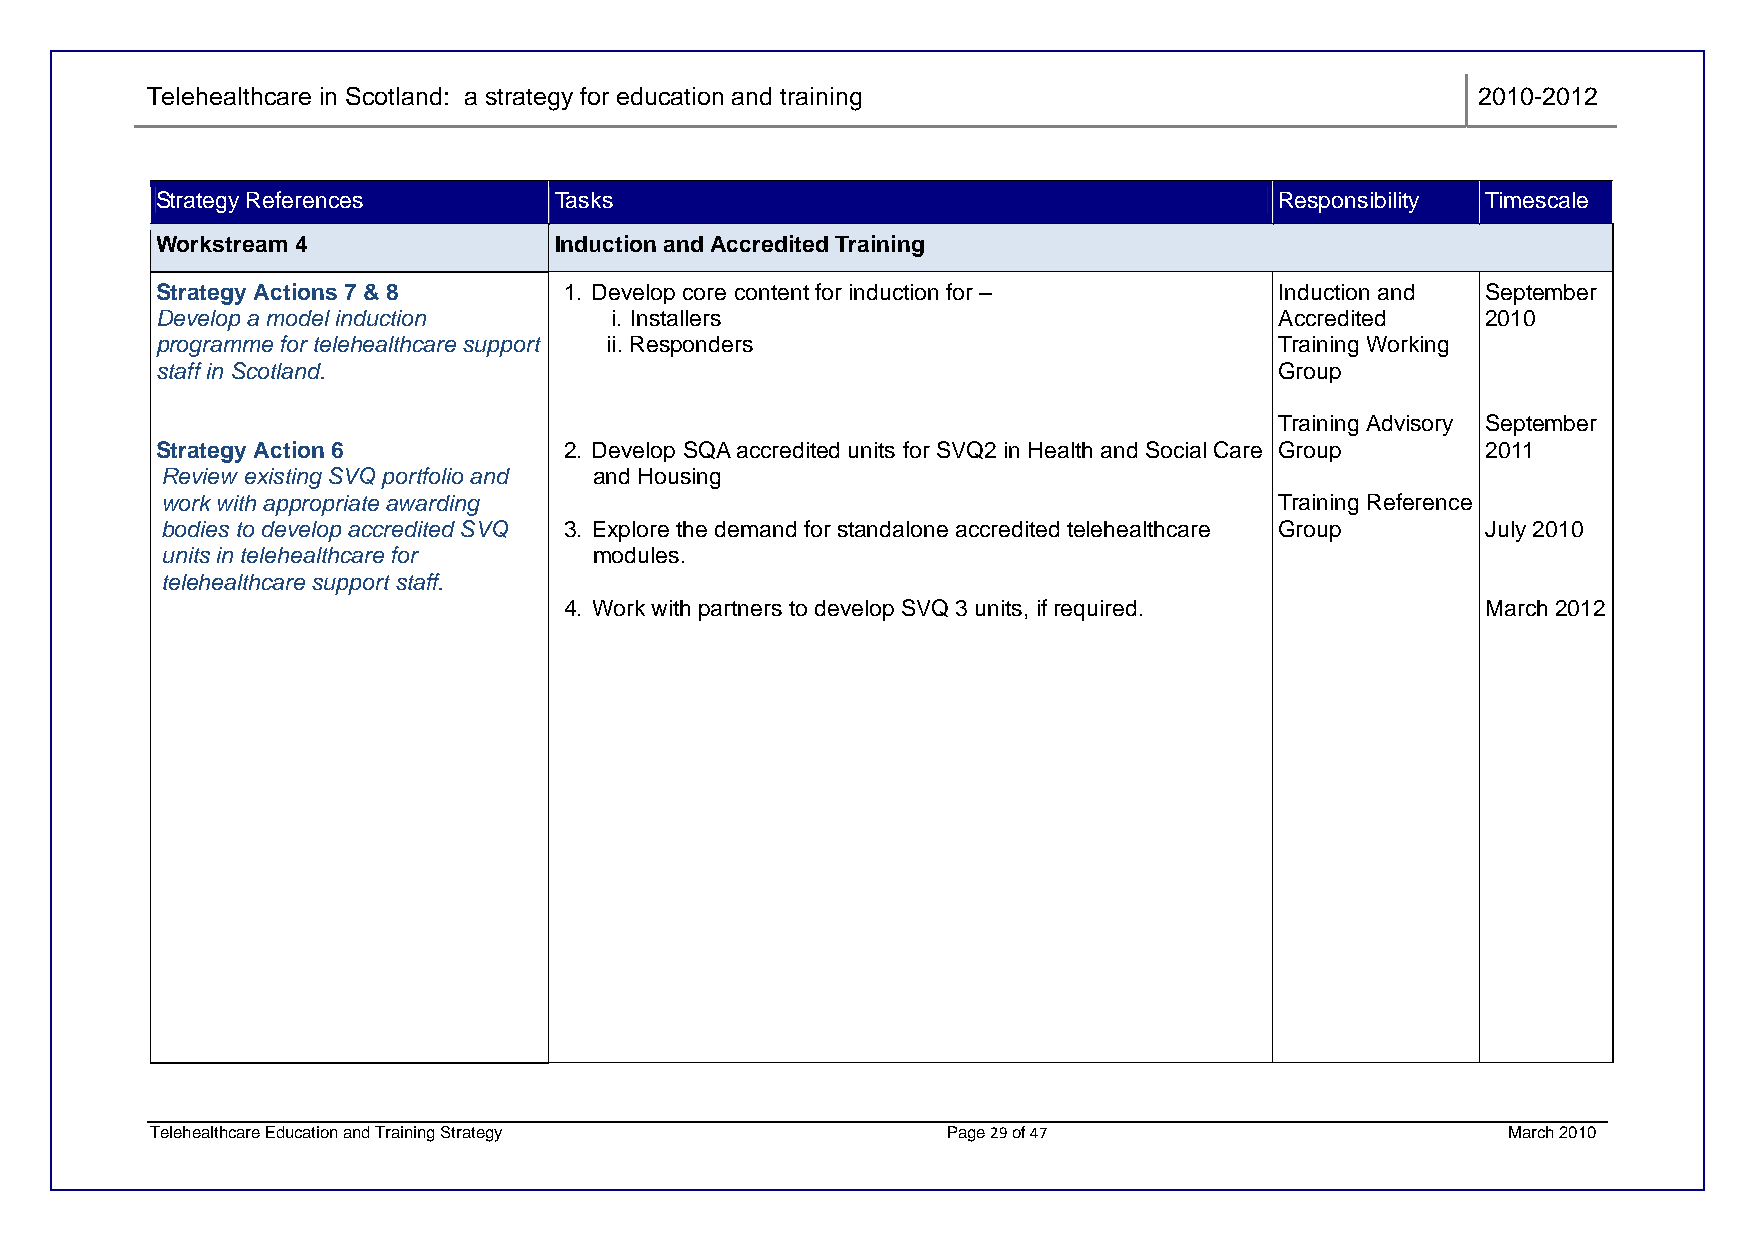
Telehealthcare in Scotland: a strategy for education and training                       2010-2012
 Strategy References        Tasks                                           Responsibility Timescale
 Workstream 4               Induction and Accredited Training
 Strategy Actions 7 & 8     1. Develop core content for induction for –     Induction and September
 Develop a model induction     i. Installers                                Accredited   2010
 programme for telehealthcare support ii. Responders                        Training Working
 staff in Scotland.                                                         Group
 Training Advisory September
 Strategy Action 6          2. Develop SQA accredited units for SVQ2 in Health and Social Care Group 2011
 Review existing SVQ portfolio and and Housing
 work with appropriate awarding                                            Training Reference
 bodies to develop accredited SVQ 3. Explore the demand for standalone accredited telehealthcare Group July 2010
 units in telehealthcare for modules.
 telehealthcare support staff.
 4. Work with partners to develop SVQ 3 units, if required.   March 2012
 Telehealthcare Education and Training Strategy       Page 29 of 47                        March 2010